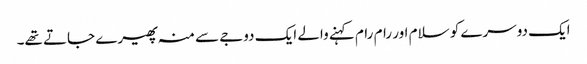
ایک دوسرے کو سلام اور رام رام کہنے والے ایک دوجے سے منہ پھیرے جاتے تھے۔